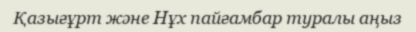
Қазығұрт және Нұх пайғамбар туралы аңыз